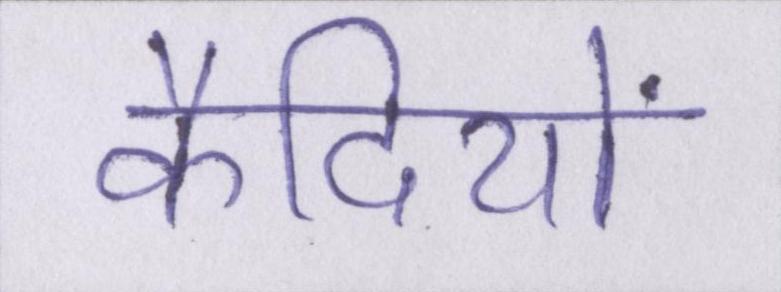
कैदियों